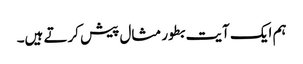
ہم ایک آیت بطور مثال پیش کرتے ہیں۔